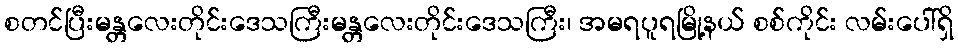
စတင်ပြီးမန္တလေးတိုင်းဒေသကြီးမန္တလေးတိုင်းဒေသကြီး၊ အမရပူရမြို့နယ် စစ်ကိုင်း လမ်းပေါ်ရှိ